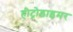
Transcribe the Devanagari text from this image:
हीट्रोडाइमर